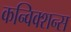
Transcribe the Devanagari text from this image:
कन्विक्शन्स